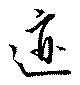
迹